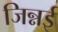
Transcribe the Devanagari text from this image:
जिन्नई